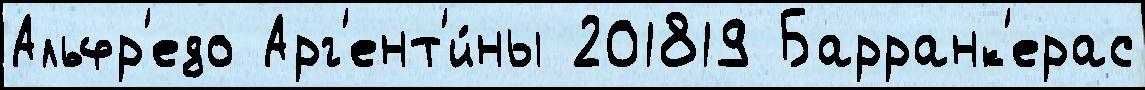
Альфр'едо Арг'ент'и́ны 201819 Барранк'ерас